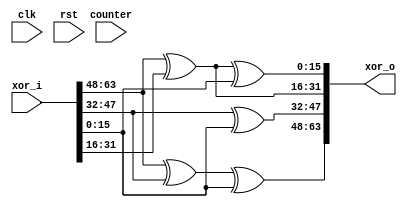
module xor_op(
input clk,
input [63:0] xor_i,
input rst,
output  [63:0] xor_o,
input [4:0] counter
    );
                 
wire [15:0]W0;
wire [15:0]W1;
wire [15:0]W2;
wire [15:0]W3;
      
wire [15:0]Q0;
wire [15:0]Q1;
wire [15:0]Q2;
wire [15:0]Q3;
  

    assign W0 = xor_i[15:0];  
    assign W1 = xor_i[31:16];
    assign W2 = xor_i[47:32];
    assign W3 = xor_i[63:48];
    
    assign Q3 = (W3 ^ W2 ^ W0) ;
    assign Q2 = (W2 ^ W0) ;
    assign Q1 = (W3 ^ W1) ;
    assign Q0 = (W3 ^ W1 ^ W0);
    
       assign  xor_o [15:0]  = Q0;
       assign  xor_o [31:16] = Q1;
       assign  xor_o [47:32] = Q2;
       assign  xor_o [63:48] = Q3;    


    
   /* always@(*) begin    
        if (rst) begin  
        xor_o = 64'b0;      
                /*xor_o [15:0]  = Q0;
                xor_o [31:16] = Q1;
                xor_o [47:32] = Q2;
                xor_o [63:48] = Q3;*/
       /* end
        else begin
            if (counter < 24 )begin
                xor_o [15:0]  = Q0;
                xor_o [31:16] = Q1;
                xor_o [47:32] = Q2;
                xor_o [63:48] = Q3;
            end
            else begin
                xor_o2 [15:0]  = Q0;
                xor_o2 [31:16] = Q1;
                xor_o2 [47:32] = Q2;
                xor_o2 [63:48] = Q3;
            end
        end     
   end */ 
endmodule